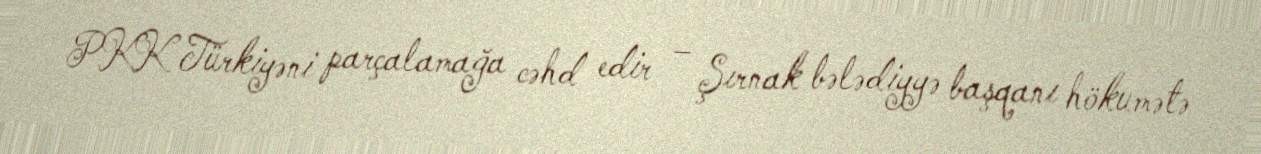
PKK Türkiyəni parçalamağa cəhd edir – Şırnak bələdiyyə başqanı hökumətə